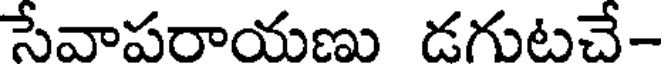
సేవాపరాయణు డగుటచే-